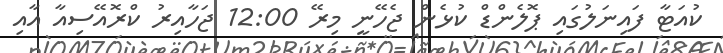
ކުއަޓާ ފައިނަލުގައި ޕޮލެންޑް ކުޅެން ޖެހޭނީ މިރޭ 12:00 ޖަހާއިރު ކްރޮއޭސިއާ އާއި